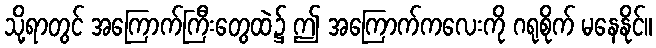
သို့ရာတွင် အကြောက်ကြီးတွေထဲ၌ ဤ အကြောက်ကလေးကို ဂရုစိုက် မနေနိုင်။